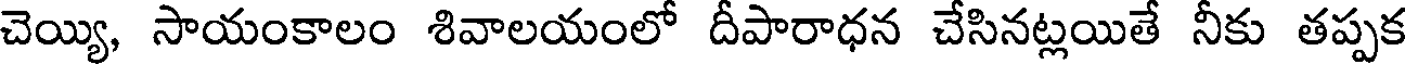
చెయ్యి, సాయంకాలం శివాలయంలో దీపారాధన చేసినట్లయితే నీకు తప్పక